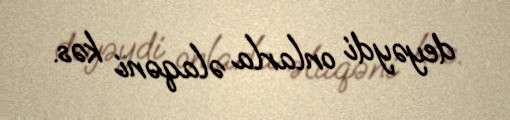
deyəydi onlarla əlaqəni kəs.